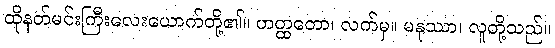
ထိုနတ်မင်းကြီးလေးယောက်တို့၏။ ဟတ္ထတော၊ လက်မှ။ မနုဿာ၊ လူတို့သည်။